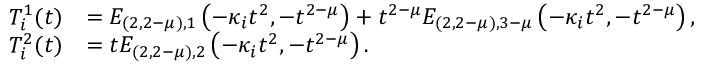
\begin{array} { r l } { T _ { i } ^ { 1 } ( t ) } & { = E _ { ( 2 , 2 - \mu ) , 1 } \left( - \kappa _ { i } t ^ { 2 } , - t ^ { 2 - \mu } \right) + t ^ { 2 - \mu } E _ { ( 2 , 2 - \mu ) , 3 - \mu } \left( - \kappa _ { i } t ^ { 2 } , - t ^ { 2 - \mu } \right) , } \\ { T _ { i } ^ { 2 } ( t ) } & { = t E _ { ( 2 , 2 - \mu ) , 2 } \left( - \kappa _ { i } t ^ { 2 } , - t ^ { 2 - \mu } \right) . } \end{array}